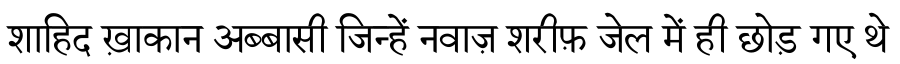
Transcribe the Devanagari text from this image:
शाहिद ख़ाकान अब्बासी जिन्हें नवाज़ शरीफ़ जेल में ही छोड़ गए थे